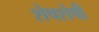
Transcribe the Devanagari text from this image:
शेषशेषी